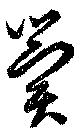
冀